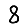
Digit: 8